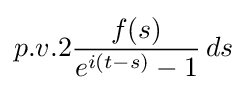
p.v.2{\frac {f(s)}{e^{i(t-s)}-1}}\,ds